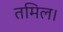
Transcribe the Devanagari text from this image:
तमिल।